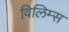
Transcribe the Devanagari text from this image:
विलिम्स